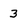
Character: 3